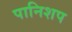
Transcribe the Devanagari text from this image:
पानिशप